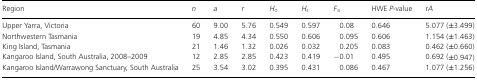
<table><thead><tr><td><b>Region</b></td><td><b><i>n</i></b></td><td><b><i>a</i></b></td><td><b><i>r</i></b></td><td><b><i>H</i><sub>O</sub></b></td><td><b><i>H</i><sub>E</sub></b></td><td><b><i>F</i><sub>IS</sub></b></td><td><b>HWE<i>P-</i>value</b></td><td><b>r<i>A</i></b></td></tr></thead><tbody><tr><td>Upper Yarra, Victoria</td><td>60</td><td>9.00</td><td>5.76</td><td>0.549</td><td>0.597</td><td>0.08</td><td>0.646</td><td>5.077 (±3.499)</td></tr><tr><td>Northwestern Tasmania</td><td>19</td><td>4.85</td><td>4.34</td><td>0.550</td><td>0.606</td><td>0.095</td><td>0.606</td><td>1.154 (±1.463)</td></tr><tr><td>King Island, Tasmania</td><td>21</td><td>1.46</td><td>1.32</td><td>0.026</td><td>0.032</td><td>0.205</td><td>0.083</td><td>0.462 (±0.660)</td></tr><tr><td>Kangaroo Island, South Australia, 2008–2009</td><td>12</td><td>2.85</td><td>2.85</td><td>0.423</td><td>0.419</td><td>−0.01</td><td>0.495</td><td>0.692 (±0.947)</td></tr><tr><td>Kangaroo Island/Warrawong Sanctuary, South Australia</td><td>25</td><td>3.54</td><td>3.02</td><td>0.395</td><td>0.431</td><td>0.086</td><td>0.467</td><td>1.077 (±1.256)</td></tr></tbody></table>